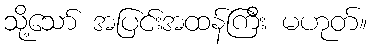
သို့သော် အပြင်းအထန်ကြီး မဟုတ်။